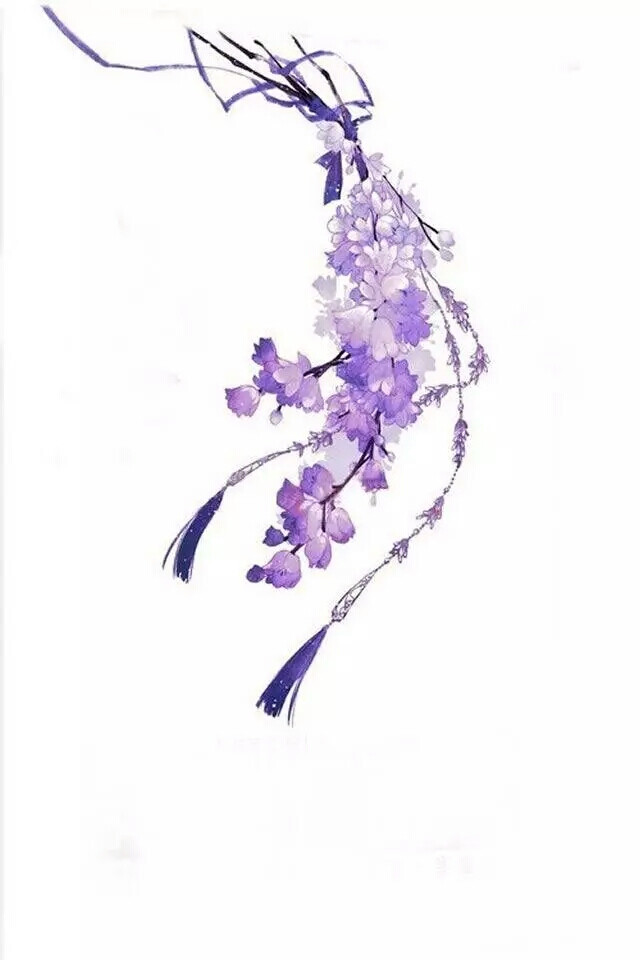
黄尘清水三山下，更变千年如走马。